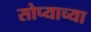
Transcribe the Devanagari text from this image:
सोप्याच्या